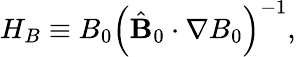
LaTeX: H_{B}\equiv B_{0}\left(\hat{\mathbf B}_{0}\cdot\nabla B_{0}\right)^{-1},